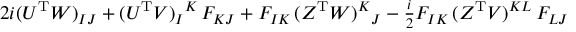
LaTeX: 2 i ( U ^ { \mathrm { T } } W ) _ { I J } + ( U ^ { \mathrm { T } } V ) _ { I } { } ^ { K } \, F _ { K J } + F _ { I K } \, ( Z ^ { \mathrm { T } } W ) ^ { K } { } _ { J } - \textstyle { \frac { i } { 2 } } F _ { I K } \, ( Z ^ { \mathrm { T } } V ) ^ { K L } \, F _ { L J }